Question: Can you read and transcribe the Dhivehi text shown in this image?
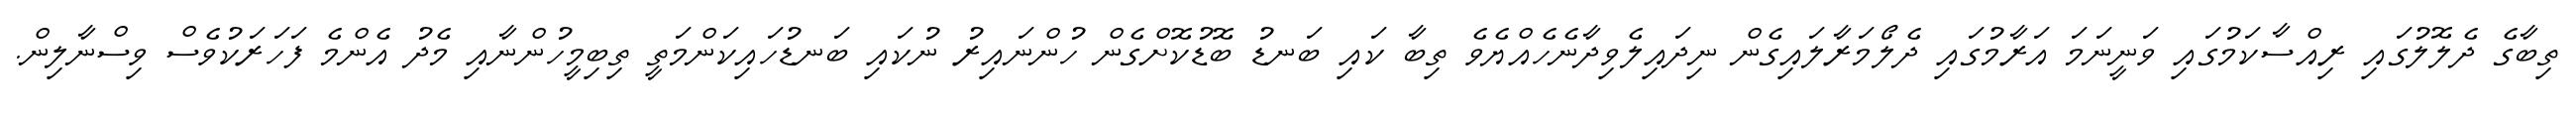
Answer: ތިބާގެ ދެލޮލުގައި ރިއްސާކަމުގައި ވަނީނަމަ އަރާމުގައި ދެލޯމަރާލައިގެން ނިދައިލެވިދާނެހެއްޔެވެ ތިބާ ކައި ބަނޑު ބޮޑުކޮށްގެން ހުންނައިރު ނުކައި ބަނޑުހައިކަންމަތީ ތިބިމީހުންނާއި މެދު އެންމެ ފަހަރަކުވެސް ވިސްނާލިން.